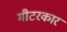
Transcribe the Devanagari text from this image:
मीटरकार